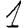
Digit: 1